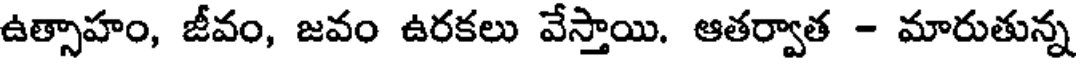
ఉత్సాహం, జీవం, జవం ఉరకలు వేస్తాయి. ఆతర్వాత - మారుతున్న